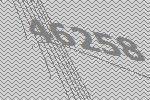
46258